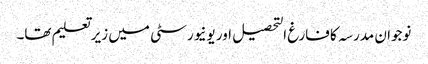
نوجوان مدرسہ کا فارغ التحصیل اور یونیورسٹی میں زیرتعلیم تھا۔